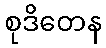
စုဒိတေန